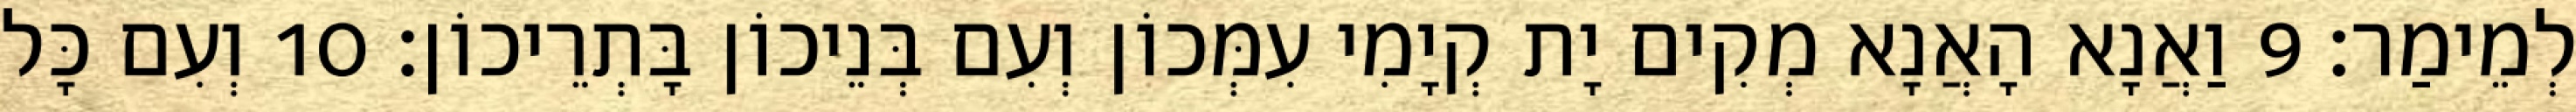
לְמֵימַר׃ 9 וַאֲנָא הָאֲנָא מְקִים יָת קְיָמִי עִמְּכוֹן וְעִם בְּנֵיכוֹן בָּתְרֵיכוֹן׃ 10 וְעִם כָּל